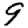
Digit: 9